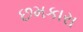
છમકારા